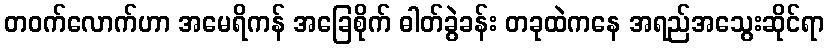
တဝက်လောက်ဟာ အမေရိကန် အခြေစိုက် ဓါတ်ခွဲခန်း တခုထဲကနေ အရည်အသွေးဆိုင်ရာ